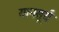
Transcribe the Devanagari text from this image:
यानसूर्य